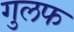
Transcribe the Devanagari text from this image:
गुलफ